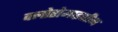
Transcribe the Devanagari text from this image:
क्लोरोमाइसीन